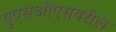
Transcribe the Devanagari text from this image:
युएसओएसवरील